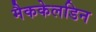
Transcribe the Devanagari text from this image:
मैककेलडिन